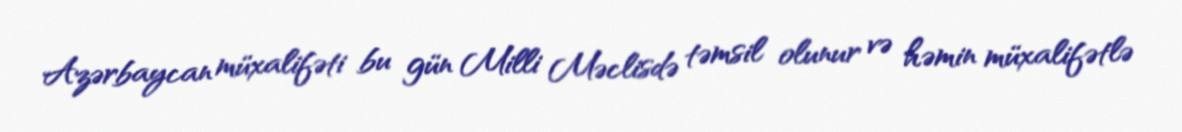
Azərbaycan müxalifəti bu gün Milli Məclisdə təmsil olunur və həmin müxalifətlə